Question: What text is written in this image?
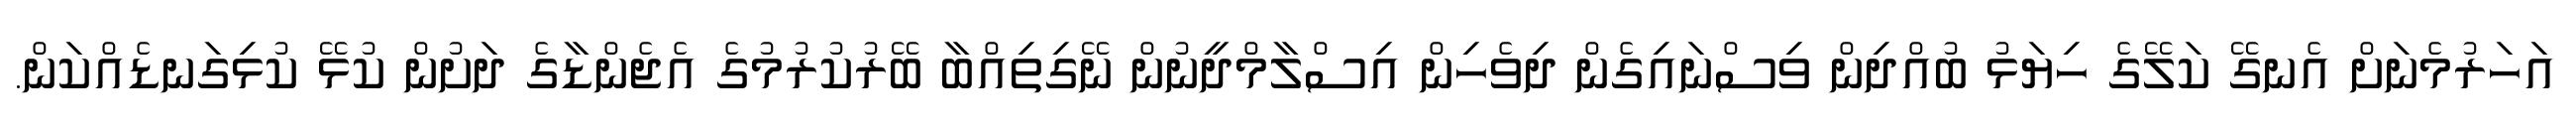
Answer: އަހަރުމެނަށް އެނގޭ ކަލޭގެ ހިޔަޅު ބުއްދިން ވިސްނައިގެން ދިވެހިން އިސްލާމްދީނުން ނޭގިތިއްބާ ބޭރުކުރުމުގެ އެޖެންޑާގެ ދަށުން ކުޅޭ ކުޅިގަނޑެއްކަން.